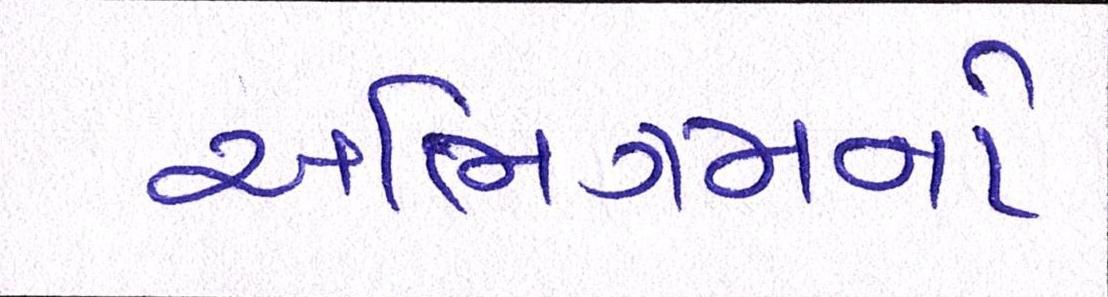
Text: અભિગમનો